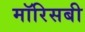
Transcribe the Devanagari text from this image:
मॉरिसबी